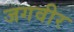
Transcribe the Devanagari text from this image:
जगवीर